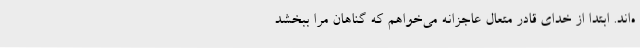
ه‌اند. ابتدا از خدای قادر متعال عاجزانه می‌خواهم که گناهان مرا ببخشد